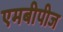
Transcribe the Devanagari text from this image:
एमबीपीज